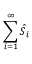
\sum _ { i = 1 } ^ { \infty } \hat { S } _ { i }